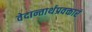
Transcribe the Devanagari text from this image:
वेदान्तार्थप्रवक्तारं